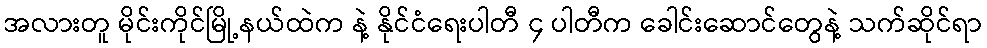
အလားတူ မိုင်းကိုင်မြို့နယ်ထဲက နဲ့ နိုင်ငံရေးပါတီ ၄ ပါတီက ခေါင်းဆောင်တွေနဲ့ သက်ဆိုင်ရာ